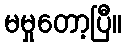
မမှုတော့ပြီ။